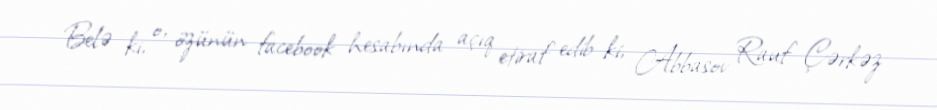
Belə ki, o, özünün facebook hesabında açıq etiraf edib ki, Abbasov Rauf Çərkəz